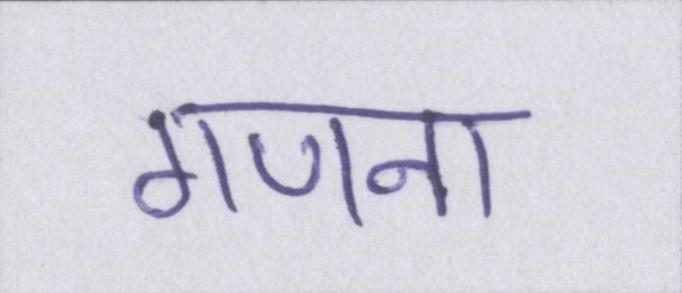
गणना